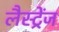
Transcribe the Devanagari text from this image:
लैस्ट्रेंज